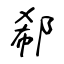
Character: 郗